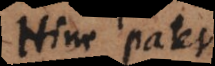
Hinc patet